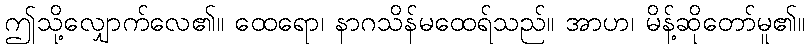
ဤသို့လျှောက်လေ၏။ ထေရော၊ နာဂသိန်မထေရ်သည်။ အာဟ၊ မိန့်ဆိုတော်မူ၏။